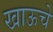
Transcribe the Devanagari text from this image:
खाऊचे